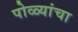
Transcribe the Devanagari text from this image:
पोळ्यांचा